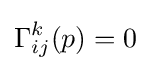
\Gamma _{ij}^{k}(p)=0